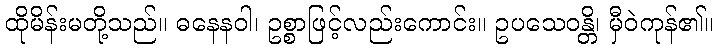
ထိုမိန်းမတို့သည်။ ဓနေနဝါ၊ ဥစ္စာဖြင့်လည်းကောင်း။ ဥပသေဝန္တိ၊ မှီဝဲကုန်၏။